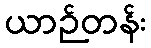
ယာဉ်တန်း